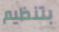
بتنظيم